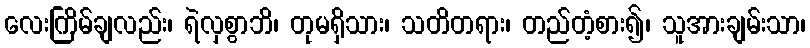
လေးကြိမ်ချလည်း၊ ရဲလှစွာဘိ၊ တုမရှိသား၊ သတိတရား၊ တည်တံ့စား၍၊ သူအားချမ်းသာ၊